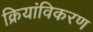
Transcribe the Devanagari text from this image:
क्रियांविकरण